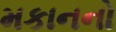
મકાનનો